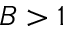
B > 1